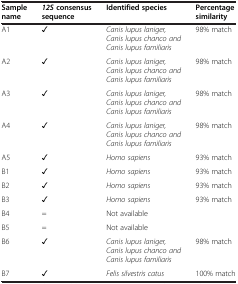
<table><thead><tr><td><b>Sample name</b></td><td><b><i>12S </i>consensus sequence</b></td><td><b>Identified species</b></td><td><b>Percentage similarity</b></td></tr></thead><tbody><tr><td>A1</td><td>✓</td><td><i>Canis lupus laniger, Canis lupus chanco and Canis lupus familiaris</i></td><td>98% match</td></tr><tr><td>A2</td><td>✓</td><td><i>Canis lupus laniger, Canis lupus chanco and Canis lupus familiaris</i></td><td>98% match</td></tr><tr><td>A3</td><td>✓</td><td><i>Canis lupus laniger, Canis lupus chanco and Canis lupus familiaris</i></td><td>98% match</td></tr><tr><td>A4</td><td>✓</td><td><i>Canis lupus laniger, Canis lupus chanco and Canis lupus familiaris</i></td><td>98% match</td></tr><tr><td>A5</td><td>✓</td><td><i>Homo sapiens</i></td><td>93% match</td></tr><tr><td>B1</td><td>✓</td><td><i>Homo sapiens</i></td><td>93% match</td></tr><tr><td>B2</td><td>✓</td><td><i>Homo sapiens</i></td><td>93% match</td></tr><tr><td>B3</td><td>✓</td><td><i>Homo sapiens</i></td><td>93% match</td></tr><tr><td>B4</td><td>=</td><td>Not available</td><td> </td></tr><tr><td>B5</td><td>=</td><td>Not available</td><td> </td></tr><tr><td>B6</td><td>✓</td><td><i>Canis lupus laniger, Canis lupus chanco and Canis lupus familiaris</i></td><td>98% match</td></tr><tr><td>B7</td><td>✓</td><td><i>Felis silvestris catus</i></td><td>100% match</td></tr></tbody></table>